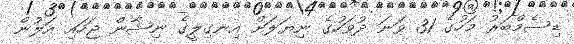
ޑިސެމްބަރު މަހުގެ 31 ވަނަ ދުވަހުގެ ނިޔަލަށް އިނގިލީގެ ނިޝާން ޖަހައި އަލުން